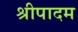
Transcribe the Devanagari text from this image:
श्रीपादम